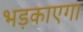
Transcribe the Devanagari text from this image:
भड़काएगा